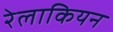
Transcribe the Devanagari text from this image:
रेलाकियन